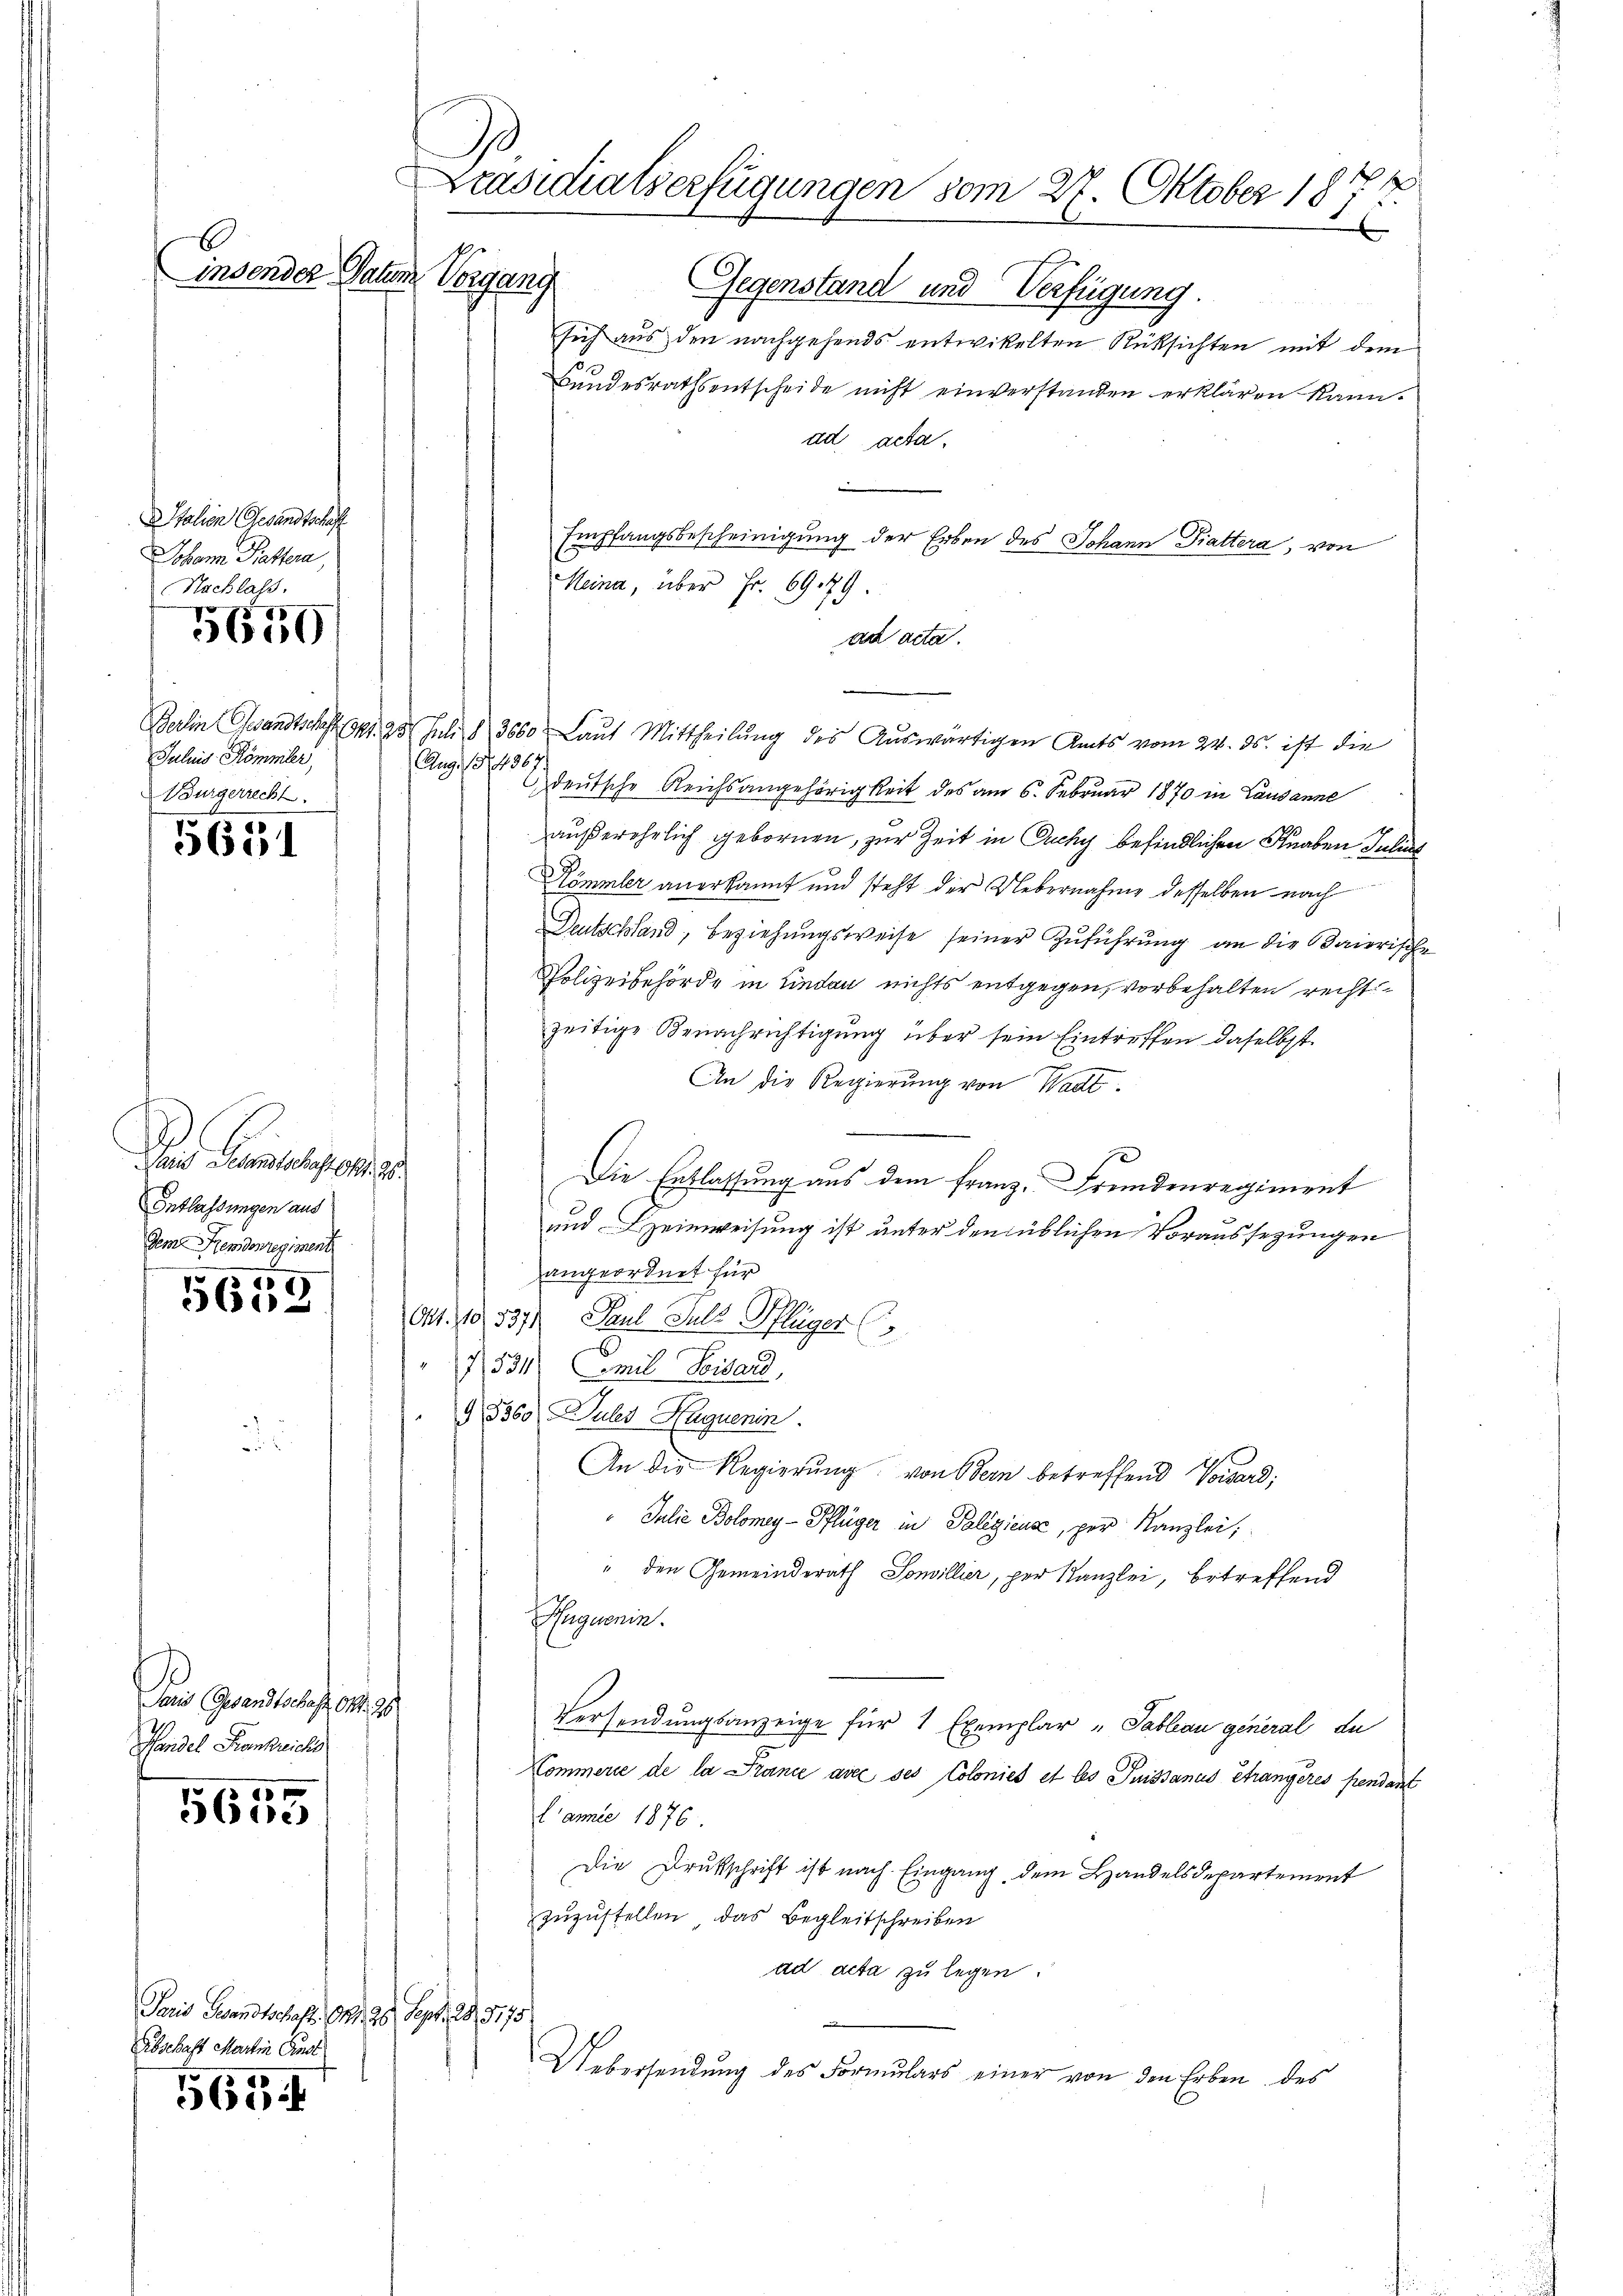
B

Italien Gesandtschaft
Johann Pastera,
Jaluis, Kömmler,
Burgerrecht.
5651

Nachlass
5650

E
Dans Gesandtschaft Okt. 25
Entlassungen aus
Dem Hemdenregiment

5659

Dans Gesandtschaft, d. 29
Handel Krankreichs

0 x
5600

Paris Gesandtschaft, Okt. 26. Sept. 18,8175
Abschaft Martin Anst

5654

1
Präsidialserfügungen vom 27. Oktober 1872.
.
insender Paten Vorgang
Gegenstand und Verfügung

sich aus den nachgehends entwickelten Rüksichten mit dem
Bandesraths entscheide nicht einverstanden erklären kann.
ad acta.
Empfangsbescheinigung der Erben des Johann Fiattera, von
Heina, über Fr. 6979.
ad acta.
n
Berlin Gesandtschaft pr. 25 Juli 3000 Laut Mittheilŭng des Aŭswärtigen Amts vom 24. ds. ist die
AAug. 18436
deutsche Reichsangehörigkeit des am 6. Februar 1870 in Lausanne
außerehrlich gebornen, zur Zeit in Zichy befindlichen Knaben Julius
Kömmler anerkannt und steht der Uebernahme desselben nach
Deutschland, Beziehungsweise seiner Zuführung an die Baierische
Polizeibehörde in Lindau nichts entgegen, vorbehalten recht
zeitige Benachrichtigung über sein Eintreffen daselbst.
d
An die Regierung von Wadt¬
Die Entlassung aus dem Franz. Fremdenregiment
und Leinweisung ist unter den üblichen Voraussezungen
angeordnet für
Ort. 10. 537. Paul Puls Pflüger
x
7531 (mit Beisard,
9 8360. Juler Huguenin
An die Regierŭng von Bern betreffend Voisard;
Julie Bolomey-Pflüger in Poliziens, per Kanzlei,
" den Gemeinderath Somillier, per Kanzlei, betreffend
Huguenin.
Versendungsanzeige für 1 Exemplar „Pableau general du
Kommerie de la France avec ses Colonies et les Puissanus étrangeres pendant
Camee 1876
Die Drukschrift ist nach Eingang, dem Handelsdepartement
zuzustellen, das Begleitschreiben
ad acta zu legen.
Uebersendung des Formulars einer von den Erben des